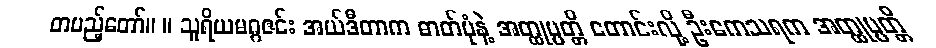
တပည့်တော်။ ။ သူရိယမဂ္ဂဇင်း အယ်ဒီတာက ဓာတ်ပုံနဲ့ အတ္ထုပ္ပတ္တိ တောင်းလို့ ဦးကေသရက အတ္ထုပ္ပတ္တိ